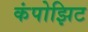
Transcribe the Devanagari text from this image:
कंपोझिट